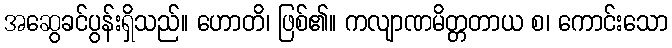
အဆွေခင်ပွန်းရှိသည်။ ဟောတိ၊ ဖြစ်၏။ ကလျာဏမိတ္တတာယ စ၊ ကောင်းသော